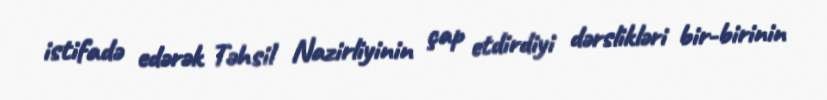
istifadə edərək Təhsil Nazirliyinin çap etdirdiyi dərslikləri bir-birinin